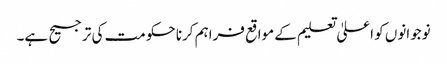
نوجوانوں کو اعلیٰ تعلیم کے مواقع فراہم کرنا حکومت کی ترجیح ہے۔